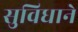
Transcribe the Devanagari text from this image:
सुविधाने